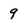
Character: 9